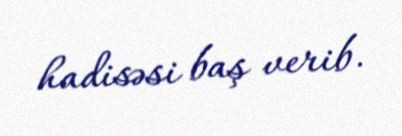
hadisəsi baş verib.